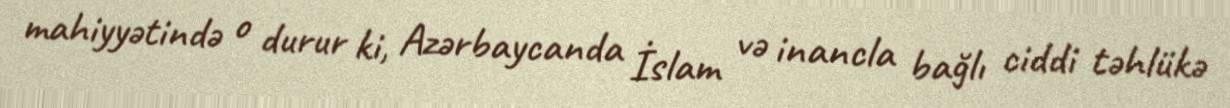
mahiyyətində o durur ki, Azərbaycanda İslam və inancla bağlı ciddi təhlükə